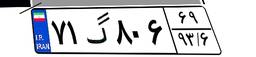
۷۱گ۸۰۶۶۹